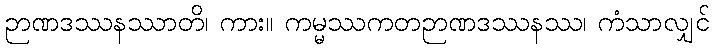
ဉာဏဒဿနဿာတိ၊ ကား။ ကမ္မဿကတဉာဏဒဿနဿ၊ ကံသာလျှင်